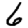
Digit: 6